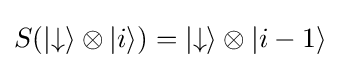
S(|{\downarrow }\rangle \otimes |i\rangle )=|{\downarrow }\rangle \otimes |i-1\rangle